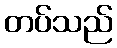
တပ်သည်